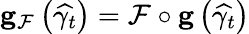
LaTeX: \mathbf{g}_{\mathcal{F}}\left(\widehat{\gamma_{t}}\right)=\mathcal{F}\circ\mathbf{g}\left(\widehat{\gamma_{t}}\right)